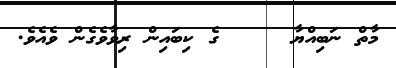
މާތް ނަބިއްޔާ     ގެ ކިބައިން ރިވާވެގެން ވެއެވެ.